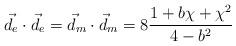
LaTeX: \begin{align*}\vec{d}_e \cdot \vec{d}_e = \vec{d}_m \cdot \vec{d}_m = 8 \frac{1 + b \chi + \chi^2}{4 - b^2}\end{align*}